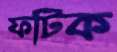
ফটিক